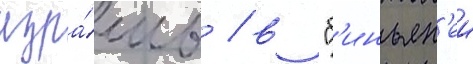
изра́иль / в "б'иньян'еи